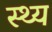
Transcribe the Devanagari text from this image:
स्थ्य